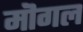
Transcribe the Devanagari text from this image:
मॊगल